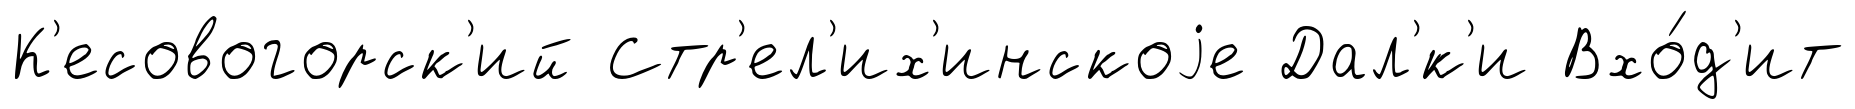
К'есовогорск'ий Стр'ел'их'инскоjе Дал'́к'и Вхо́д'ит